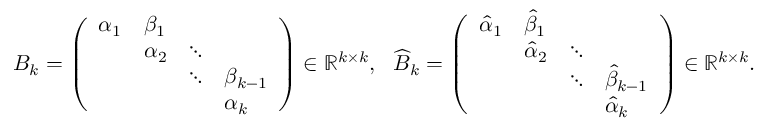
B _ { k } = \left( \begin{array} { l l l l } { \alpha _ { 1 } } & { \beta _ { 1 } } & & \\ & { \alpha _ { 2 } } & { \ddots } & \\ & & { \ddots } & { \beta _ { k - 1 } } \\ & & & { \alpha _ { k } } \end{array} \right) \in \mathbb { R } ^ { k \times k } , \ \ \widehat { B } _ { k } = \left( \begin{array} { l l l l } { \hat { \alpha } _ { 1 } } & { \hat { \beta } _ { 1 } } & & \\ & { \hat { \alpha } _ { 2 } } & { \ddots } & \\ & & { \ddots } & { \hat { \beta } _ { k - 1 } } \\ & & & { \hat { \alpha } _ { k } } \end{array} \right) \in \mathbb { R } ^ { k \times k } .